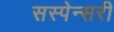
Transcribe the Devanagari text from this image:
सस्पेन्सरी